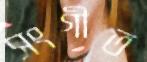
সংগীত